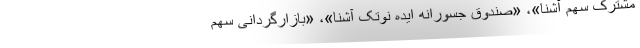
مشترک سهم آشنا»، «صندوق جسورانه ایده نوتک آشنا»، «بازارگردانی سهم